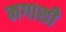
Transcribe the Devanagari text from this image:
मगाशी